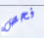
فحص